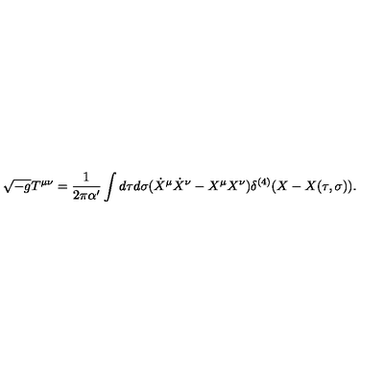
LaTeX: \sqrt { - g } T ^ { \mu \nu } = \frac { 1 } { 2 \pi \alpha ^ { \prime } } \int d \tau d \sigma ( \dot { X } ^ { \mu } \dot { X } ^ { \nu } - X ^ { \mu } X ^ { \nu } ) \delta ^ { ( 4 ) } ( X - X ( \tau , \sigma ) ) .